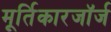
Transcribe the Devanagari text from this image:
मूर्तिकारजॉर्ज